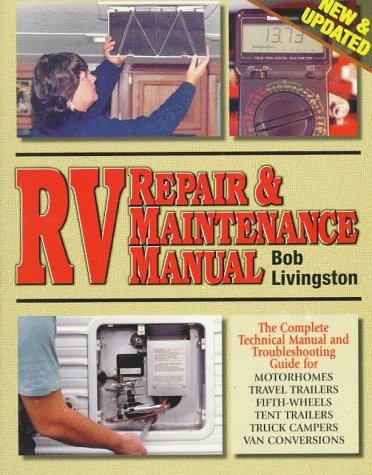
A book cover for RV Repair & Maintenance Manual [New & Updated]; Travel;